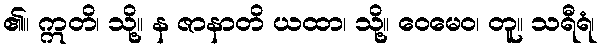
၏။ ဣတိ၊ သို့။ န ဇာနာတိ ယထာ၊ သို့။ ဝေမေဝ၊ တူ။ သရီရံ၊